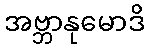
အဗ္ဘာနုမောဒိ